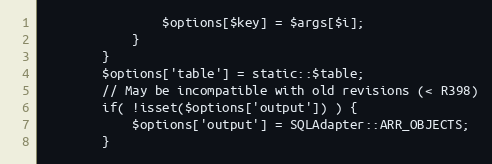
Language: PHP
				$options[$key] = $args[$i];
			}
		}
		$options['table'] = static::$table;
		// May be incompatible with old revisions (< R398)
		if( !isset($options['output']) ) {
			$options['output'] = SQLAdapter::ARR_OBJECTS;
		}